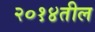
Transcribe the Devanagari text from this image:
२०१४तील